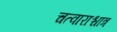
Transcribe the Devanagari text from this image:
चत्वाराश्चात्र